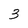
Character: 3